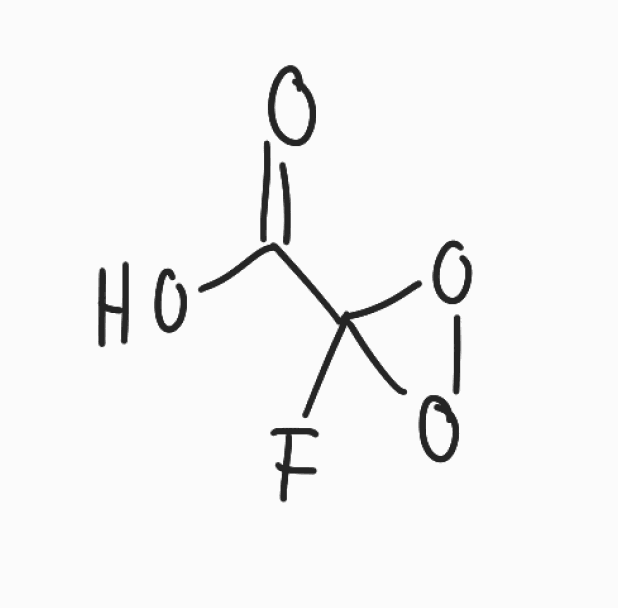
Simplified molecular-input line-entry system (SMILES) notation of the given molecule:
C(=O)(C1(OO1)F)O